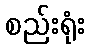
စည်းရုံး